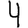
Digit: 4